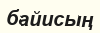
байисың